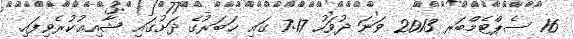
16 ސެޕްޓެމްބަރ 2013 ވަނަ ދުވަހު 7:17 ގައި ޚަބަރުގެ ދަށުގައި ޝާއިޢުކުރެވިފައި.